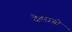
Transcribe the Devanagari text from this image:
देवराजो